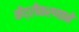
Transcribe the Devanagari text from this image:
केंद्रीकरणाने